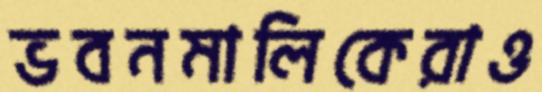
ভবনমালিকেরাও